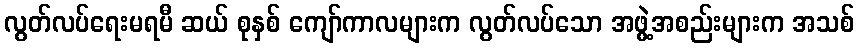
လွတ်လပ်ရေးမရမီ ဆယ် စုနှစ် ကျော်ကာလများက လွတ်လပ်သော အဖွဲ့အစည်းများက အသစ်